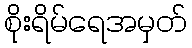
စိုးရိမ်ရေအမှတ်